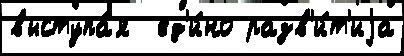
выступа́я  ед'и́но разв'и́т'иjа